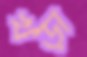
খড়ী